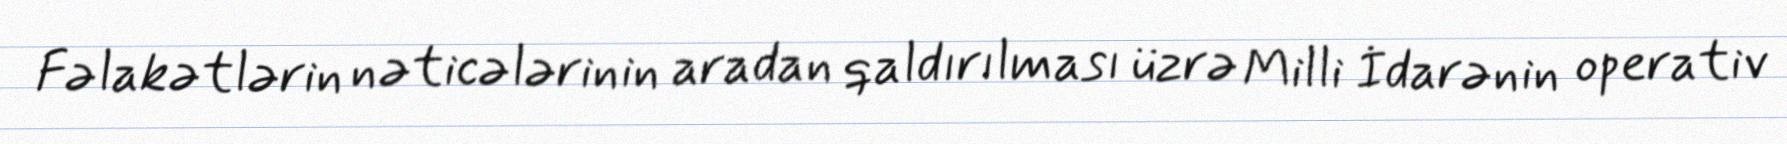
Fəlakətlərin nəticələrinin aradan qaldırılması üzrə Milli İdarənin operativ